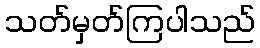
သတ်မှတ်ကြပါသည်